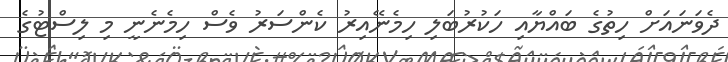
ދެވަނައަށް ހިތުގެ ބައްޔާއި ހަކުރުބަލި ހިމެނޭއިރު ކެންސަރު ވެސް ހިމެނެނީ މި ލިސްޓުގެ